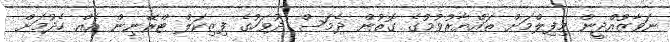
ނަވާޒުއްދީން މިފިލްމަށް ތައްޔާރުވުމުގެ ގޮތުން ދެމަސް ދުވަހުގެ ފިޒިކަލް ޓްރޭނިން އެއް ހެދުމަށް